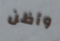
وأظن